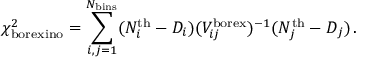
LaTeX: \chi _ { \mathrm { b o r e x i n o } } ^ { 2 } = \sum _ { i , j = 1 } ^ { N _ { \mathrm { b i n s } } } ( N _ { i } ^ { \mathrm { t h } } - D _ { i } ) ( V _ { i j } ^ { \mathrm { b o r e x } } ) ^ { - 1 } ( N _ { j } ^ { \mathrm { t h } } - D _ { j } ) \, .